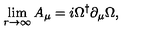
\lim _ { r \rightarrow \infty } A _ { \mu } = i \Omega ^ { \dagger } \partial _ { \mu } \Omega ,